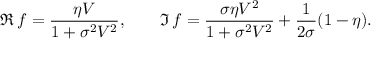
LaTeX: \Re \, f = { \frac { \eta V } { 1 + \sigma ^ { 2 } V ^ { 2 } } } , \qquad \Im \, f = { \frac { \sigma \eta V ^ { 2 } } { 1 + \sigma ^ { 2 } V ^ { 2 } } } + { \frac { 1 } { 2 \sigma } } ( 1 - \eta ) .